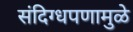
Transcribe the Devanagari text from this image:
संदिग्धपणामुळे